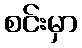
စင်းမှာ